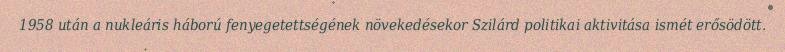
1958 után a nukleáris háború fenyegetettségének növekedésekor Szilárd politikai aktivitása ismét erősödött.